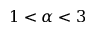
1 < \alpha < 3